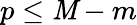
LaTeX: p\leq\mathit{M}-m